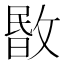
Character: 𢾞